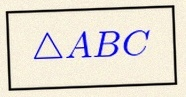
\triangle ABC